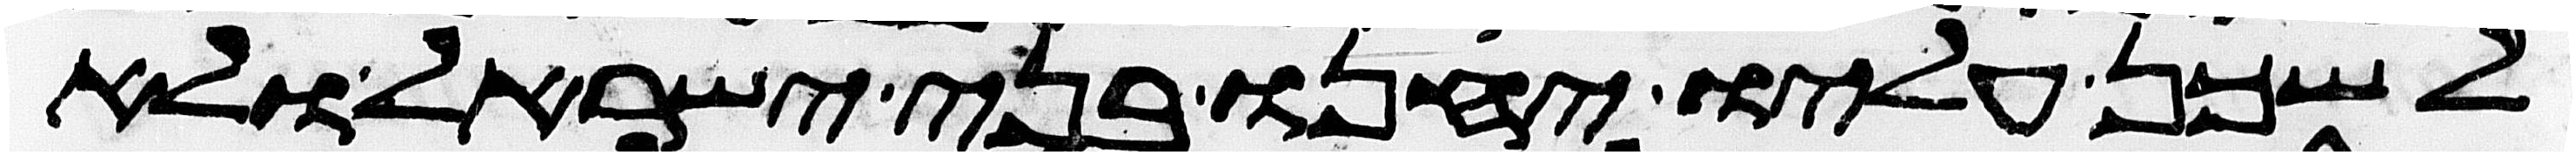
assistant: לשכן עליו יחנו בני ישראל ולא